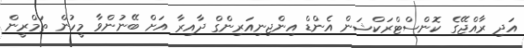
އަދި ރާއްޖޭގެ ކޮންސްޓްރަކްޝަން އެންޑް އިންޖިނިއަރިންގް ދާއިރާ އަށް ބޭނުންވާ މީހުން ތަމްރީން